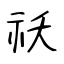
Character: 祅